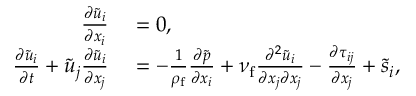
\begin{array} { r l } { \frac { \partial \tilde { u } _ { i } } { \partial x _ { i } } } & { { } = 0 , } \\ { \frac { \partial \tilde { u } _ { i } } { \partial t } + \tilde { u } _ { j } \frac { \partial \tilde { u } _ { i } } { \partial x _ { j } } } & { { } = - \frac { 1 } { \rho _ { \mathrm { f } } } \frac { \partial \tilde { p } } { \partial x _ { i } } + \nu _ { \mathrm { f } } \frac { \partial ^ { 2 } \tilde { u } _ { i } } { \partial x _ { j } \partial x _ { j } } - \frac { \partial \tau _ { i j } } { \partial x _ { j } } + \tilde { s } _ { i } , } \end{array}